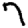
Digit: 7